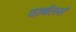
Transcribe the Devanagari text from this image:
वार्बलर्स